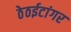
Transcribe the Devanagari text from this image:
ठेठईटांगर